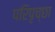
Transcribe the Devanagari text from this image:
परिपृच्छा